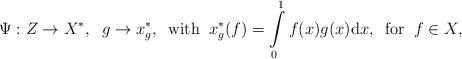
LaTeX: \begin{align*}\Psi: Z\to X^\ast, \;\; g\to x_g^\ast, \;\;\mbox{with} \;\; x_g^\ast (f) = \int\limits_0^1 f(x) g(x) \mathrm{d}x, \;\;\mbox{for}\;\; f\in X,\end{align*}